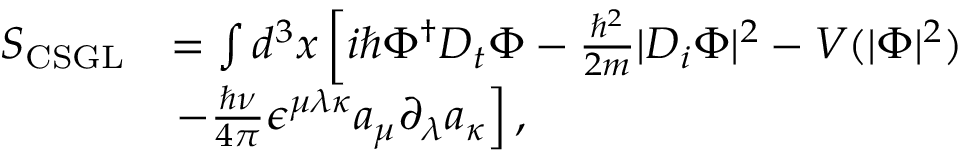
\begin{array} { r l } { S _ { \mathrm { C S G L } } } & { = \int d ^ { 3 } x \left[ i \hbar \Phi ^ { \dagger } D _ { t } \Phi - \frac { \hbar ^ { 2 } } { 2 m } | D _ { i } \Phi | ^ { 2 } - V ( | \Phi | ^ { 2 } ) \right. } \\ & { \left. - \frac { \hbar \nu } { 4 \pi } \epsilon ^ { \mu \lambda \kappa } a _ { \mu } \partial _ { \lambda } a _ { \kappa } \right] , } \end{array}